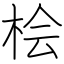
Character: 桧